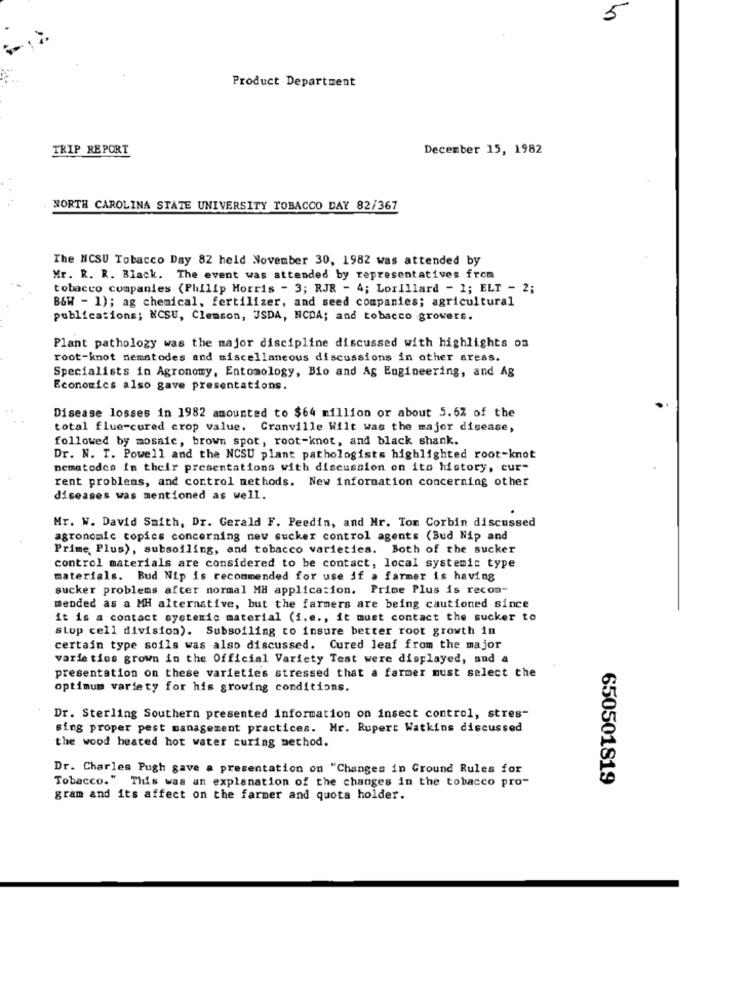
5
Product Department
TRIP REPORT
December 15, 1982
NORTH CAROLINA STATE UNIVERSITY TOBACCO DAY 82/367
The NCSU Tobacco Day 82 held November 30, 1982 was attended by
Mr. R. R. Black. The event was attended by representatives from
tobacco companies (Philip Morris - 3; RJR - 4; Lorillard - 1; ELT - 2;
B&W - 1); ag chemical, fertilizer, and seed companies; agricultural
publications; NCSU, Clemson, USDA, NCDA; and tobacco growers.
Plant pathology was the major discipline discussed with highlights on
root-knot nematodes and miscellaneous discussions in other areas.
Specialists in Agronomy, Entomology, Bio and Ag Engineering, and Ag
Economics also gave presentations.
Disease losses in 1982 amounted to $64 million or about 5.6% of the
total flue-cured crop value. Granville Wilt was the major disease,
followed by mosafe, brown spot, root-knot, and black shank.
Dr. N. T. Powell and the NCSU plant pathologists highlighted root-knot
nematodes in their presentations with discussion on its history, cur-
rent problems, and control methods. New information concerning other
diseases was mentioned as well.
Mr. W. David Smith, Dr. Gerald F. Peedin, and Nr. Tom Corbin discussed
agronomle copies concerning new sucker control agents (Bud Nip and
Prime Plus), subsoiling, and tobacco varieties. Both of the sucker
control materials are considered to be contact, local systemic type
materials. Bud Nip is recommended for use if a farmer is having
sucker problems after normal MH application. Prime Plus is recon-
mended as a MH alternative, but the farmers are being cautioned since
it is a contact systemic material (i.e ., it must contact the sucker to
stop cell division). Subsoiling to insure better root growth in
certain type soils was also discussed. Cured leaf from the major
varie ties grown in the Official Variety Test were displayed, and a
presentation on these varieties stressed that a farmer must select the
optimum variety for his growing conditions.
Dr. Sterling Southern presented information on insect control, stres-
sing proper pest management practices. Mr. Rupert Watkins discussed
the wood heated hot water curing method.
Dr. Charles Pugh gave a presentation on "Changes in Ground Rules for
Tobacco." This was an explanation of the changes in the tobacco pro-
650501819
gram and its affect on the farmer and quota holder.